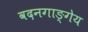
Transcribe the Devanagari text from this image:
वदनगाङ्गेय